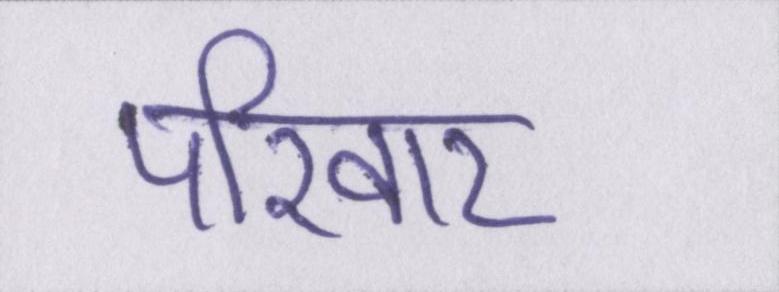
परिवार